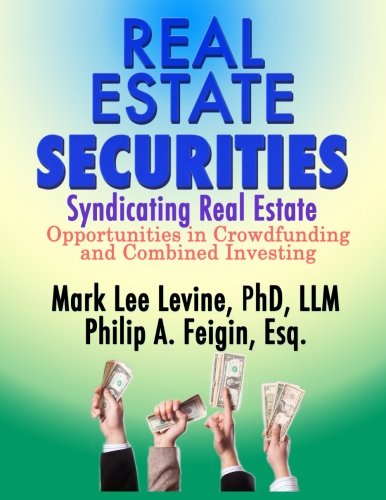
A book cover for Real Estate Securities: Syndicating Real Estate; Mark Lee Levine Esq.; Business & Money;